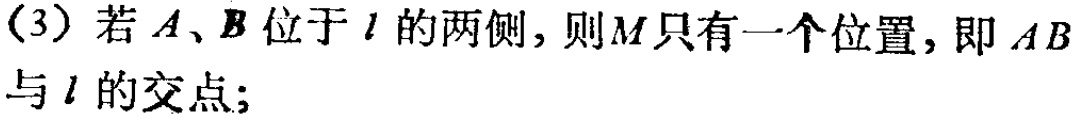
(3) 若 \(A、B\) 位于 \(l\) 的两侧，则 \(M\) 只有一个位置，即 \(AB\) 与 \(l\) 的交点;